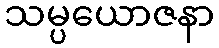
သမ္ပယောဇနာ